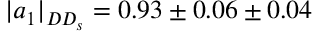
| a _ { 1 } | _ { D D _ { s } } = 0 . 9 3 \pm 0 . 0 6 \pm 0 . 0 4